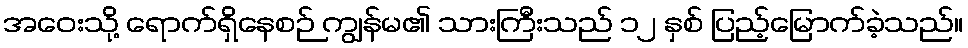
အဝေးသို့ ရောက်ရှိနေစဉ် ကျွန်မ၏ သားကြီးသည် ၁၂ နှစ် ပြည့်မြောက်ခဲ့သည်။